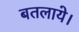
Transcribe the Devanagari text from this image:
बतलाये।